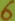
Text: 6